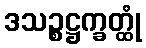
ဒသဉ္စဋ္ဌက္ခတ္ထုံ